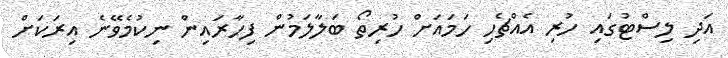
އަދި ލިސްޓުގައި ހުރި އެއްޗެހި ހަމައަށް ހުރިތޯ ބަލާލަމުން ފިހާރައިން ނިކުމެވޭނެ އިރަކަށް